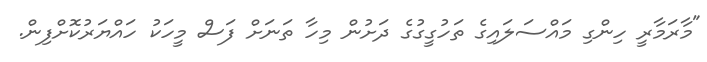
"މާރަމާރީ ހިންގި މައްސަލައިގެ ތަހުގީގުގެ ދަށުން މިހާ ތަނަށް ފަސް މީހަކު ހައްޔަރުކޮށްފިން.